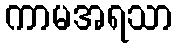
ကာမအရသာ